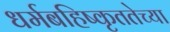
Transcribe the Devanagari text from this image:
धर्मबहिष्कृततेच्या